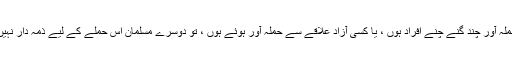
البتہ اگر حملہ آور چند گنے چنے افراد ہوں ، یا کسی آزاد علاقے سے حملہ آور ہوئے ہوں ، تو دوسرے مسلمان اس حملے کے لیے ذمہ دار نہیں ہوں گے۔